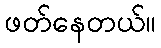
ဖတ်နေတယ်။